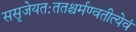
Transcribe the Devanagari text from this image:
ससृजेयतःततश्चर्मण्वतीत्येवं